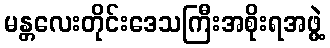
မန္တလေးတိုင်းဒေသကြီးအစိုးရအဖွဲ့